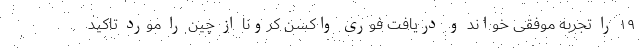
۱۹ را تجربه موفقی خواند و دریافت فوری واکسن کرونا از چین را مورد تاکید